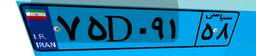
۷۵D۰۹۱۵۸